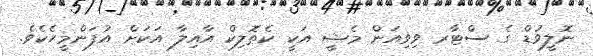
ނޮލީވުޑް ގެ ސްޓާރ ވިވިއަން މެޝީ އަކީ ކެތޮލިކް އާއިލާ އަކަށް އުފަންމީހެކެވެ.